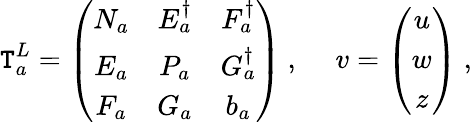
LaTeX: \mathtt{T}_{a}^{L}=\left(\begin{array}{ccc}{{N_{a}}}&{{E_{a}^{\dagger}}}&{{F_{a}^{\dagger}}}\\ {{E_{a}}}&{{P_{a}}}&{{G_{a}^{\dagger}}}\\ {{F_{a}}}&{{G_{a}}}&{{b_{a}}}\end{array}\right)~,~~~~~v=\left(\begin{array}{c}{{u}}\\ {{w}}\\ {{z}}\end{array}\right)~,